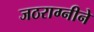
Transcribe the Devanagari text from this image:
जठराग्नीने